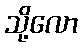
သို့လော